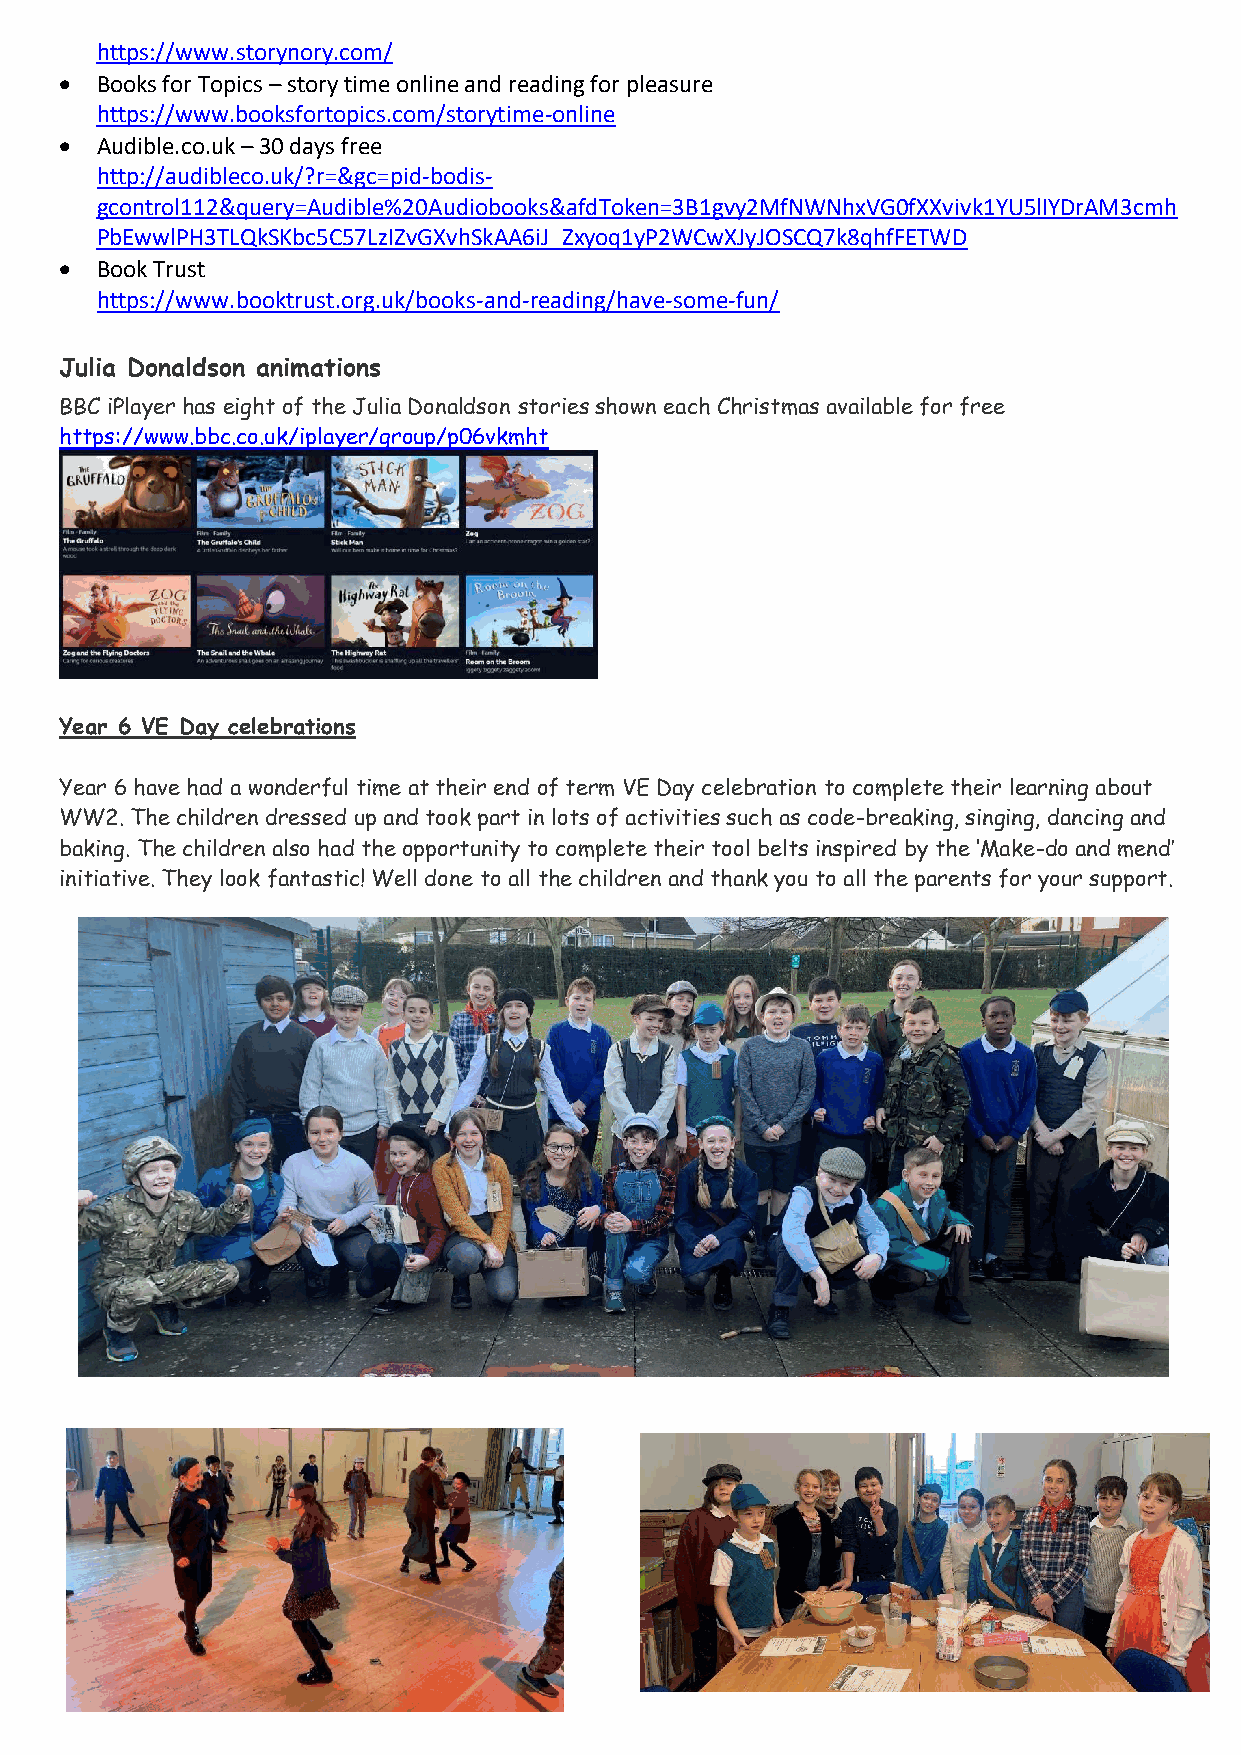
https://www.storynory.com/
 • Books for Topics – story time online and reading for pleasure
 https://www.booksfortopics.com/storytime-online
 • Audible.co.uk – 30 days free
 http://audibleco.uk/?r=&gc=pid-bodis-
 gcontrol112&query=Audible%20Audiobooks&afdToken=3B1gvy2MfNWNhxVG0fXXvivk1YU5lIYDrAM3cmh
 PbEwwlPH3TLQkSKbc5C57LzIZvGXvhSkAA6iJ_Zxyoq1yP2WCwXJyJOSCQ7k8qhfFETWD
 • Book Trust
 https://www.booktrust.org.uk/books-and-reading/have-some-fun/
 Julia Donaldson animations
 BBC iPlayer has eight of the Julia Donaldson stories shown each Christmas available for free
 https://www.bbc.co.uk/iplayer/group/p06vkmht
 Year 6 VE Day celebrations
 Year 6 have had a wonderful time at their end of term VE Day celebration to complete their learning about
 WW2. The children dressed up and took part in lots of activities such as code-breaking, singing, dancing and
 baking. The children also had the opportunity to complete their tool belts inspired by the ‘Make-do and mend’
 initiative. They look fantastic! Well done to all the children and thank you to all the parents for your support.